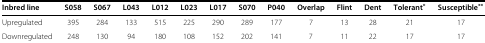
<table><thead><tr><td><b>Inbred line</b></td><td><b>S058</b></td><td><b>S067</b></td><td><b>L043</b></td><td><b>L012</b></td><td><b>L023</b></td><td><b>L017</b></td><td><b>S070</b></td><td><b>P040</b></td><td><b>Overlap</b></td><td><b>Flint</b></td><td><b>Dent</b></td><td><b>Tolerant<sup>*</sup></b></td><td><b>Susceptible<sup>**</sup></b></td></tr></thead><tbody><tr><td>Upregulated</td><td>395</td><td>284</td><td>133</td><td>515</td><td>225</td><td>290</td><td>289</td><td>177</td><td>7</td><td>13</td><td>28</td><td>21</td><td>17</td></tr><tr><td>Downregulated</td><td>248</td><td>130</td><td>94</td><td>180</td><td>108</td><td>152</td><td>202</td><td>141</td><td>7</td><td>11</td><td>22</td><td>17</td><td>17</td></tr></tbody></table>